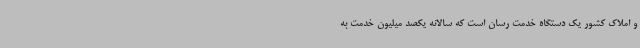
و املاک کشور یک دستگاه خدمت رسان است که سالانه یکصد میلیون خدمت به